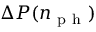
\Delta P ( n _ { \mathrm { ~ p ~ h ~ } } )